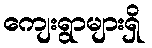
ကျေးရွာများရှိ